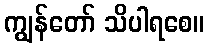
ကျွန်တော် သိပါရစေ။